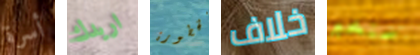
أسرة اريدك الخطورة خلاف سنخبر